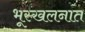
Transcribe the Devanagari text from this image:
भूस्खलनात